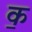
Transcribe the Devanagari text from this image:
क॒